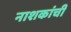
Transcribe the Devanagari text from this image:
नाशकांची